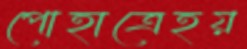
পোহাত্রেহয়